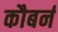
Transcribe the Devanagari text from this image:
कौबर्न